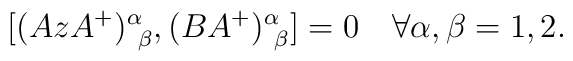
[(AzA^+)^\alpha_{\ \beta} , (BA^+)^\alpha_{\ \beta}] = 0\quad\forall \alpha,\beta=1,2 .